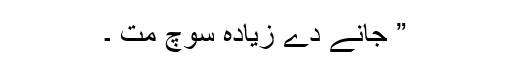
” جانے دے زیادہ سوچ مت ۔